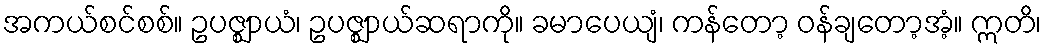
အကယ်စင်စစ်။ ဥပဇ္ဈာယံ၊ ဥပဇ္ဈာယ်ဆရာကို။ ခမာပေယျံ၊ ကန်တော့ ဝန်ချတော့အံ့။ ဣတိ၊